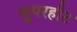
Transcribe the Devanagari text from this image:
सुपरहीट